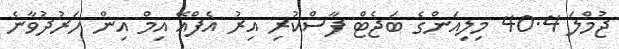
ޖުމްލަ 40.4 މިލިއަންގެ ބަޖެޓް ފާސްކުރި އިރު އެފްއޭ އިމް އިން ހަރުދުވާނެ